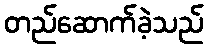
တည်ဆောက်ခဲ့သည်